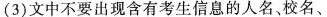
(3)文中不要出现含有考生信息的人名、校名、